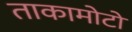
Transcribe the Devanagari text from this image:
ताकामोटो